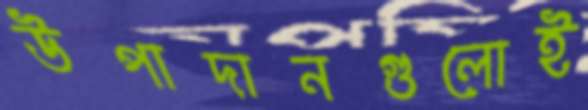
উপাদানগুলোই